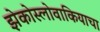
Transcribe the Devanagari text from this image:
झेकोस्लोवाकियाचा